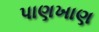
પાણખાણ